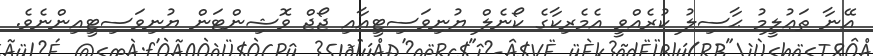
އޭނާ ތަޢުލީމު ޙާސިލު ކުރެއްވީ އެމެރިކާގެ ކޯނެލް ޔުނިވަސިޓީއާއި ޖޯޖް ވޮޝިންޓަން ޔުނިވަސިޓީއިންނެވެ.